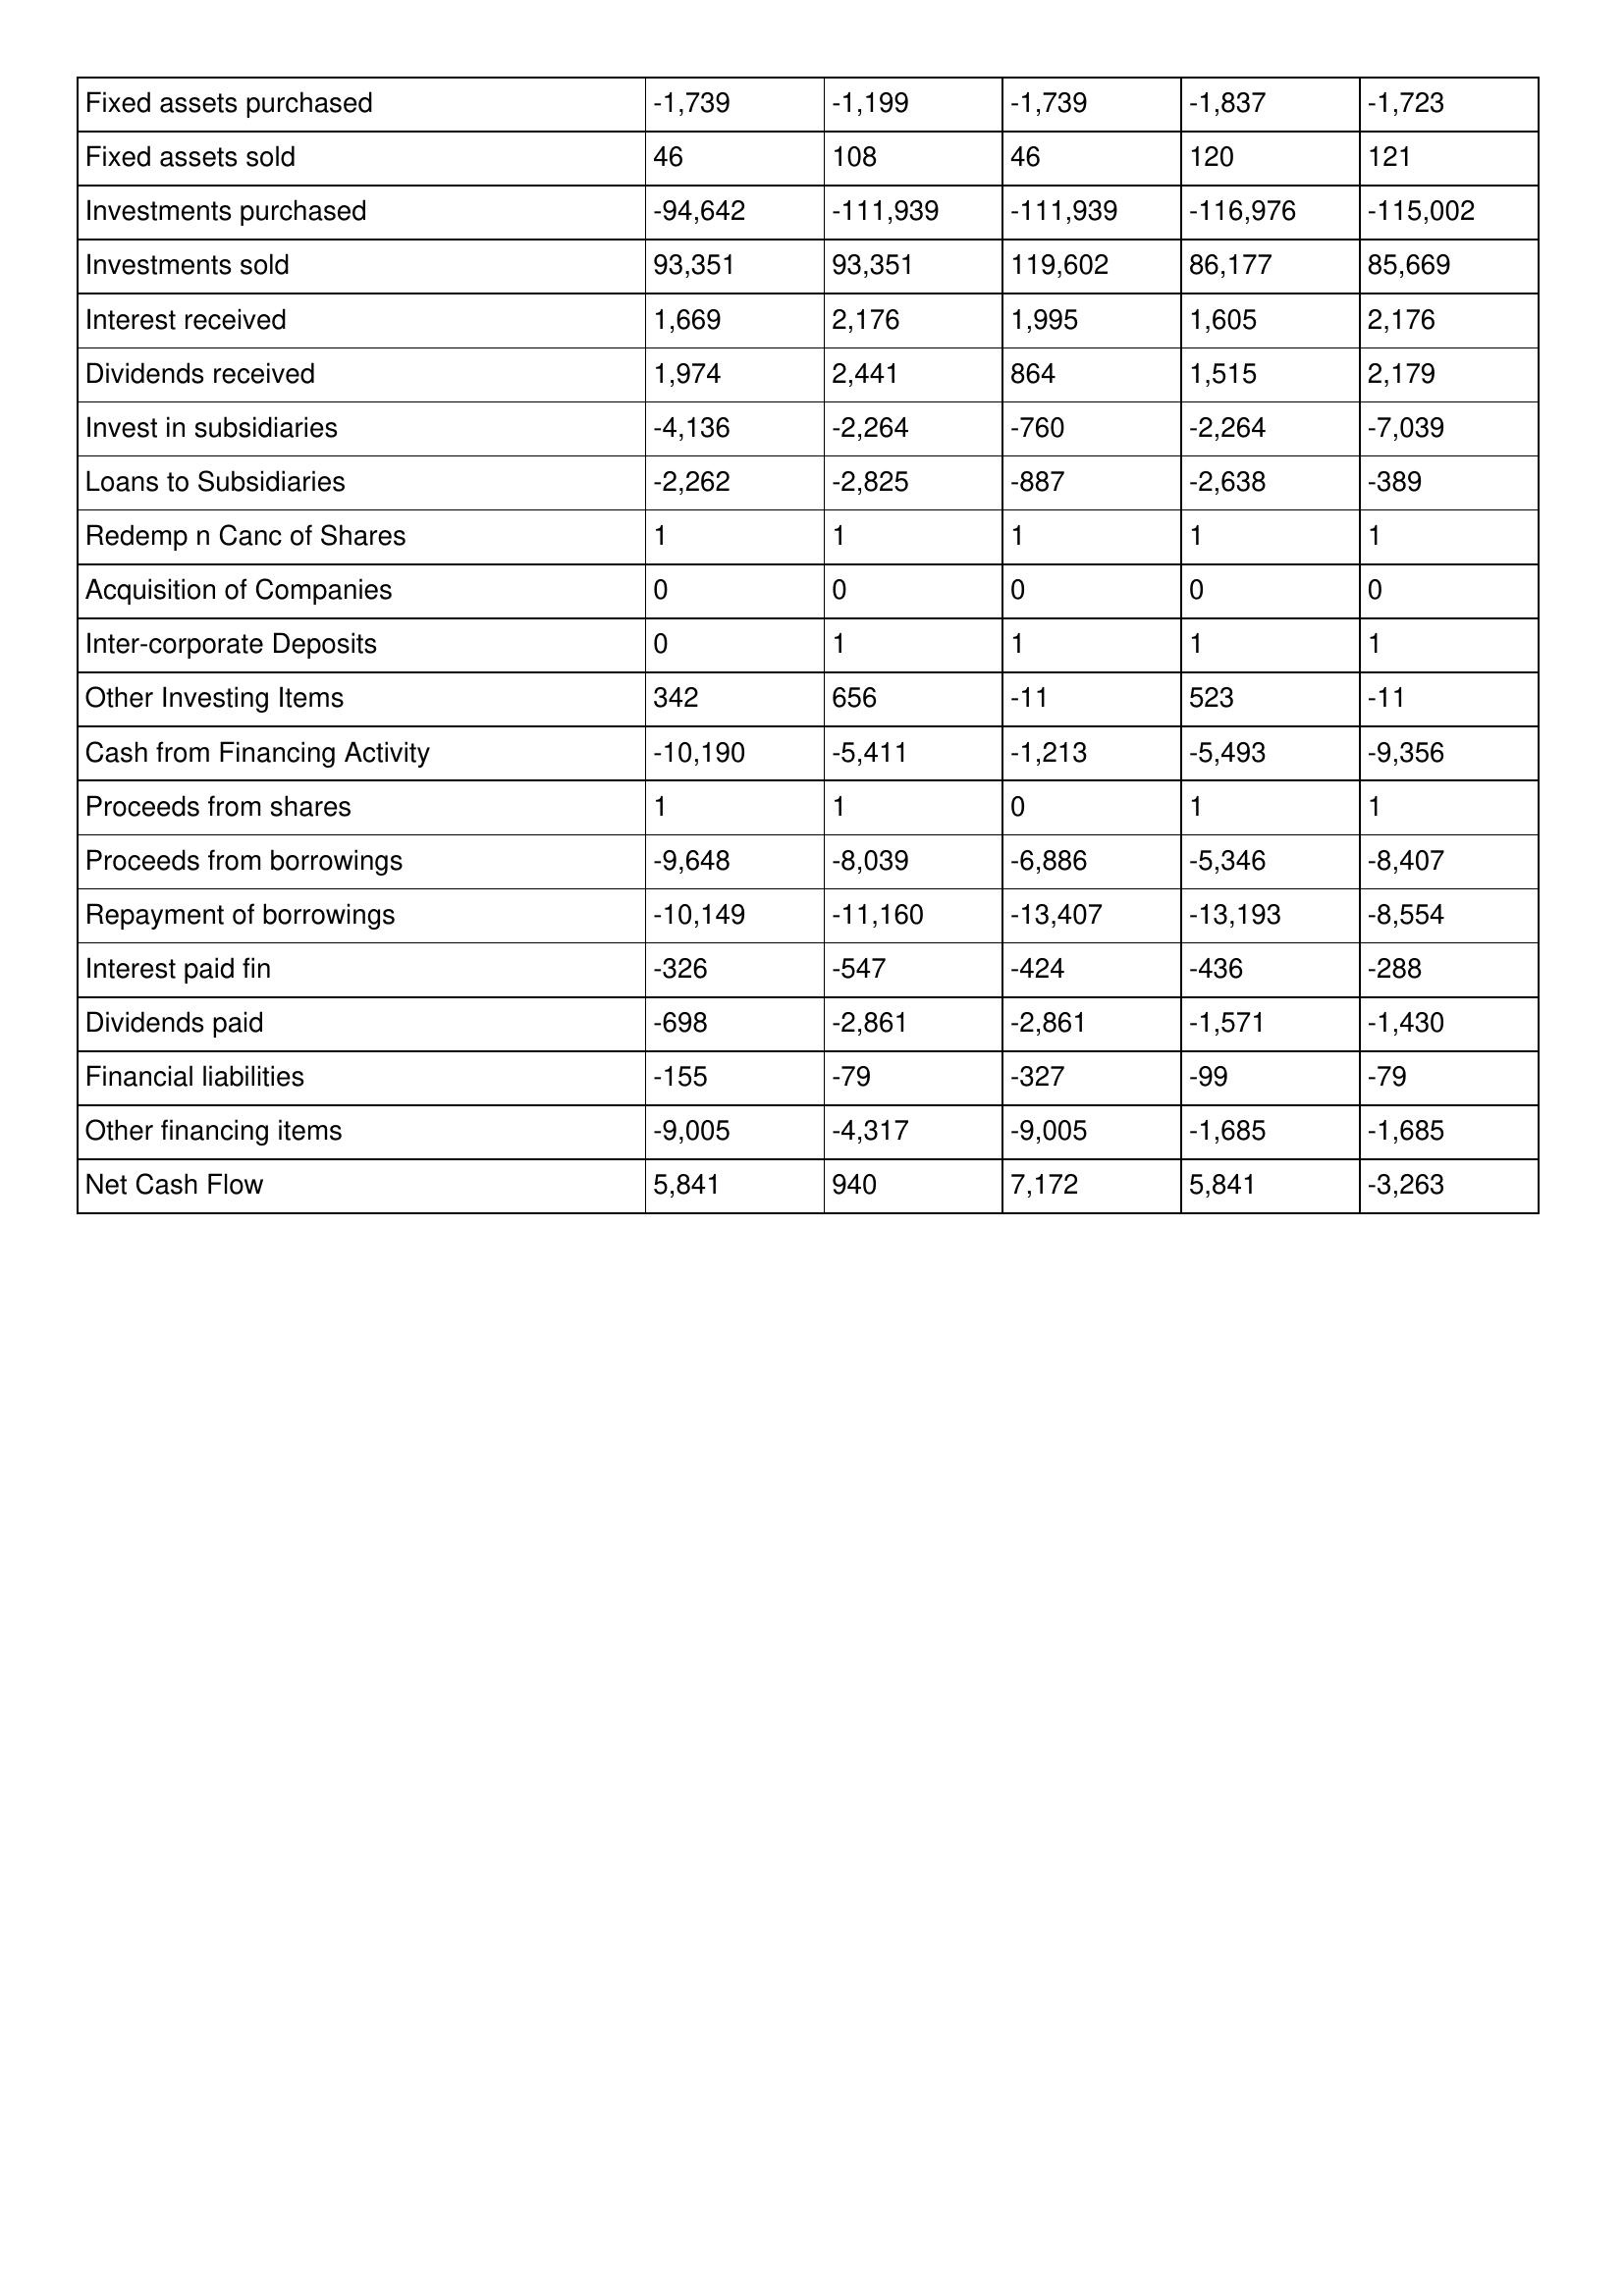
gt_parse: 2014: Cash Flows: Fixed assets purchased: -1,739
Fixed assets sold: 46
Investments purchased: -94,642
Investments sold: 93,351
Interest received: 1,669
Dividends received: 1,974
Invest in subsidiaries: -4,136
Loans to Subsidiaries: -2,262
Redemp n Canc of Shares: 1
Acquisition of Companies: 0
Inter-corporate Deposits: 0
Other Investing Items: 342
Cash from Financing Activity: -10,190
Proceeds from shares: 1
Proceeds from borrowings: -9,648
Repayment of borrowings: -10,149
Interest paid fin: -326
Dividends paid: -698
Financial liabilities: -155
Other financing items: -9,005
Net Cash Flow: 5,841
2013: Cash Flows: Fixed assets purchased: -1,199
Fixed assets sold: 108
Investments purchased: -111,939
Investments sold: 93,351
Interest received: 2,176
Dividends received: 2,441
Invest in subsidiaries: -2,264
Loans to Subsidiaries: -2,825
Redemp n Canc of Shares: 1
Acquisition of Companies: 0
Inter-corporate Deposits: 1
Other Investing Items: 656
Cash from Financing Activity: -5,411
Proceeds from shares: 1
Proceeds from borrowings: -8,039
Repayment of borrowings: -11,160
Interest paid fin: -547
Dividends paid: -2,861
Financial liabilities: -79
Other financing items: -4,317
Net Cash Flow: 940
2012: Cash Flows: Fixed assets purchased: -1,739
Fixed assets sold: 46
Investments purchased: -111,939
Investments sold: 119,602
Interest received: 1,995
Dividends received: 864
Invest in subsidiaries: -760
Loans to Subsidiaries: -887
Redemp n Canc of Shares: 1
Acquisition of Companies: 0
Inter-corporate Deposits: 1
Other Investing Items: -11
Cash from Financing Activity: -1,213
Proceeds from shares: 0
Proceeds from borrowings: -6,886
Repayment of borrowings: -13,407
Interest paid fin: -424
Dividends paid: -2,861
Financial liabilities: -327
Other financing items: -9,005
Net Cash Flow: 7,172
2011: Cash Flows: Fixed assets purchased: -1,837
Fixed assets sold: 120
Investments purchased: -116,976
Investments sold: 86,177
Interest received: 1,605
Dividends received: 1,515
Invest in subsidiaries: -2,264
Loans to Subsidiaries: -2,638
Redemp n Canc of Shares: 1
Acquisition of Companies: 0
Inter-corporate Deposits: 1
Other Investing Items: 523
Cash from Financing Activity: -5,493
Proceeds from shares: 1
Proceeds from borrowings: -5,346
Repayment of borrowings: -13,193
Interest paid fin: -436
Dividends paid: -1,571
Financial liabilities: -99
Other financing items: -1,685
Net Cash Flow: 5,841
2010: Cash Flows: Fixed assets purchased: -1,723
Fixed assets sold: 121
Investments purchased: -115,002
Investments sold: 85,669
Interest received: 2,176
Dividends received: 2,179
Invest in subsidiaries: -7,039
Loans to Subsidiaries: -389
Redemp n Canc of Shares: 1
Acquisition of Companies: 0
Inter-corporate Deposits: 1
Other Investing Items: -11
Cash from Financing Activity: -9,356
Proceeds from shares: 1
Proceeds from borrowings: -8,407
Repayment of borrowings: -8,554
Interest paid fin: -288
Dividends paid: -1,430
Financial liabilities: -79
Other financing items: -1,685
Net Cash Flow: -3,263